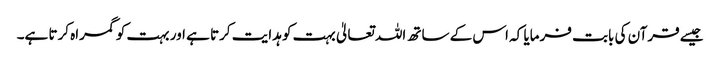
جیسے قرآن کی بابت فرمایا کہ اس کے ساتھ اللہ تعالیٰ بہت کو ہدایت کرتا ہے اور بہت کو گمراہ کرتا ہے۔